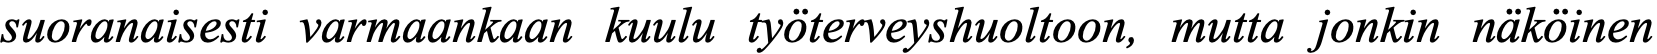
suoranaisesti varmaankaan kuulu työterveyshuoltoon, mutta jonkin näköinen